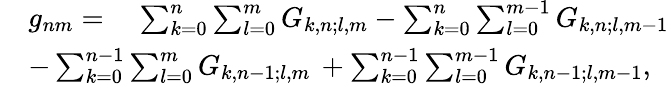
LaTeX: \begin{array}{rl}&{g_{nm}=\quad\sum_{k=0}^{n}\sum_{l=0}^{m}G_{k,n;l,m}-\sum_{k=0}^{n}\sum_{l=0}^{m-1}G_{k,n;l,m-1}}\\ &{-\sum_{k=0}^{n-1}\sum_{l=0}^{m}G_{k,n-1;l,m}\, +\sum_{k=0}^{n-1}\sum_{l=0}^{m-1}G_{k,n-1;l,m-1},}\end{array}